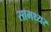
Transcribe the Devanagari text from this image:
सामथ्यर